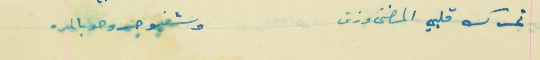
تحرك قلبي المضنى وزق            وشفيو جروحو بالمره